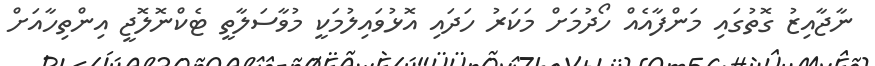
ނާޖާއިޒު ގޮތުގައި މަންފާއެއް ހޯދުމަށް މަކަރު ހަދައި އޮޅުވައިލުމަކީ މުވާސަލާތީ ޓެކްނޮލޮޖީ އިންތިހާއަށް